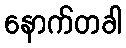
နောက်တခါ